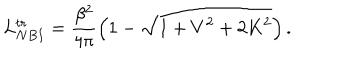
LaTeX: L _ { N B I } ^ { t r } = \frac { \beta ^ { 2 } } { 4 \pi } \left( 1 - \sqrt { 1 + V ^ { 2 } + 2 K ^ { 2 } } \right) .